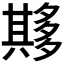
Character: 𫯘